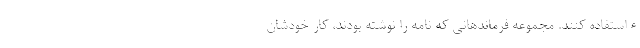
ءاستفاده کنند. مجموعه فرماندهانی که نامه را نوشته بودند، کار خودشان